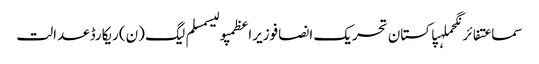
سماعتفائرنگحملہپاکستان تحریک انصافوزیراعظمپولیسمسلم لیگ (ن)ریکارڈعدالت